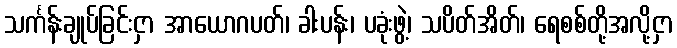
သင်္ကန်းချုပ်ခြင်းငှာ အာယောဂပတ်၊ ခါးပန်း၊ ပခုံးဖွဲ့၊ သပိတ်အိတ်၊ ရေစစ်တို့အလို့ငှာ